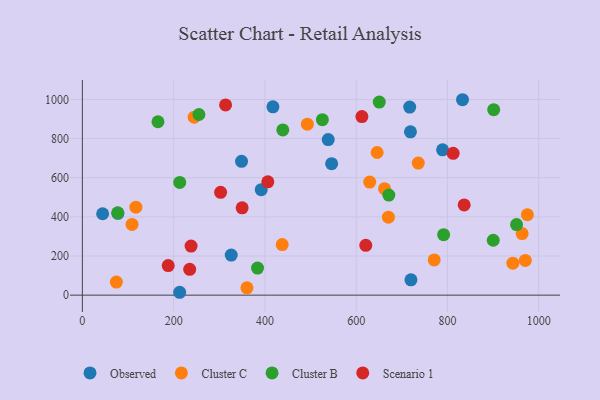
{"axis": {"x": "Engine Size", "y": "Exam Score"}, "legend": ["Cluster B", "Cluster C", "Observed", "Scenario 1"], "data": [{"x": "720.0", "y": 78.4, "type": "Observed"}, {"x": "718.9", "y": 834.2, "type": "Observed"}, {"x": "546.2", "y": 671.6, "type": "Observed"}, {"x": "77.9", "y": 417.9, "type": "Observed"}, {"x": "833.0", "y": 998.4, "type": "Observed"}, {"x": "213.2", "y": 14.7, "type": "Observed"}, {"x": "44.4", "y": 415.9, "type": "Observed"}, {"x": "326.2", "y": 205.0, "type": "Observed"}, {"x": "391.9", "y": 538.8, "type": "Observed"}, {"x": "538.7", "y": 794.8, "type": "Observed"}, {"x": "417.6", "y": 961.9, "type": "Observed"}, {"x": "717.3", "y": 960.6, "type": "Observed"}, {"x": "348.8", "y": 683.7, "type": "Observed"}, {"x": "789.3", "y": 742.2, "type": "Observed"}, {"x": "245.0", "y": 909.1, "type": "Cluster C"}, {"x": "629.6", "y": 577.8, "type": "Cluster C"}, {"x": "970.6", "y": 177.2, "type": "Cluster C"}, {"x": "770.9", "y": 180.0, "type": "Cluster C"}, {"x": "943.3", "y": 163.2, "type": "Cluster C"}, {"x": "645.9", "y": 728.8, "type": "Cluster C"}, {"x": "670.6", "y": 398.2, "type": "Cluster C"}, {"x": "437.9", "y": 258.4, "type": "Cluster C"}, {"x": "360.6", "y": 37.4, "type": "Cluster C"}, {"x": "493.0", "y": 873.4, "type": "Cluster C"}, {"x": "108.9", "y": 361.5, "type": "Cluster C"}, {"x": "662.1", "y": 544.0, "type": "Cluster C"}, {"x": "74.5", "y": 66.9, "type": "Cluster C"}, {"x": "736.0", "y": 675.0, "type": "Cluster C"}, {"x": "117.3", "y": 449.3, "type": "Cluster C"}, {"x": "963.6", "y": 314.5, "type": "Cluster C"}, {"x": "975.1", "y": 411.1, "type": "Cluster C"}, {"x": "165.7", "y": 886.0, "type": "Cluster B"}, {"x": "213.3", "y": 575.7, "type": "Cluster B"}, {"x": "671.5", "y": 511.5, "type": "Cluster B"}, {"x": "525.9", "y": 896.6, "type": "Cluster B"}, {"x": "901.3", "y": 947.5, "type": "Cluster B"}, {"x": "439.2", "y": 843.9, "type": "Cluster B"}, {"x": "383.8", "y": 138.3, "type": "Cluster B"}, {"x": "791.6", "y": 308.9, "type": "Cluster B"}, {"x": "77.5", "y": 420.7, "type": "Cluster B"}, {"x": "900.3", "y": 280.4, "type": "Cluster B"}, {"x": "951.4", "y": 360.7, "type": "Cluster B"}, {"x": "255.4", "y": 922.9, "type": "Cluster B"}, {"x": "650.6", "y": 986.3, "type": "Cluster B"}, {"x": "313.8", "y": 971.8, "type": "Scenario 1"}, {"x": "302.9", "y": 525.2, "type": "Scenario 1"}, {"x": "238.2", "y": 250.6, "type": "Scenario 1"}, {"x": "612.5", "y": 912.5, "type": "Scenario 1"}, {"x": "235.2", "y": 132.2, "type": "Scenario 1"}, {"x": "406.4", "y": 578.9, "type": "Scenario 1"}, {"x": "350.1", "y": 446.1, "type": "Scenario 1"}, {"x": "188.1", "y": 151.0, "type": "Scenario 1"}, {"x": "621.0", "y": 254.4, "type": "Scenario 1"}, {"x": "836.6", "y": 460.9, "type": "Scenario 1"}, {"x": "812.5", "y": 724.7, "type": "Scenario 1"}]}